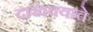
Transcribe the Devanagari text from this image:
दाखवयाचे